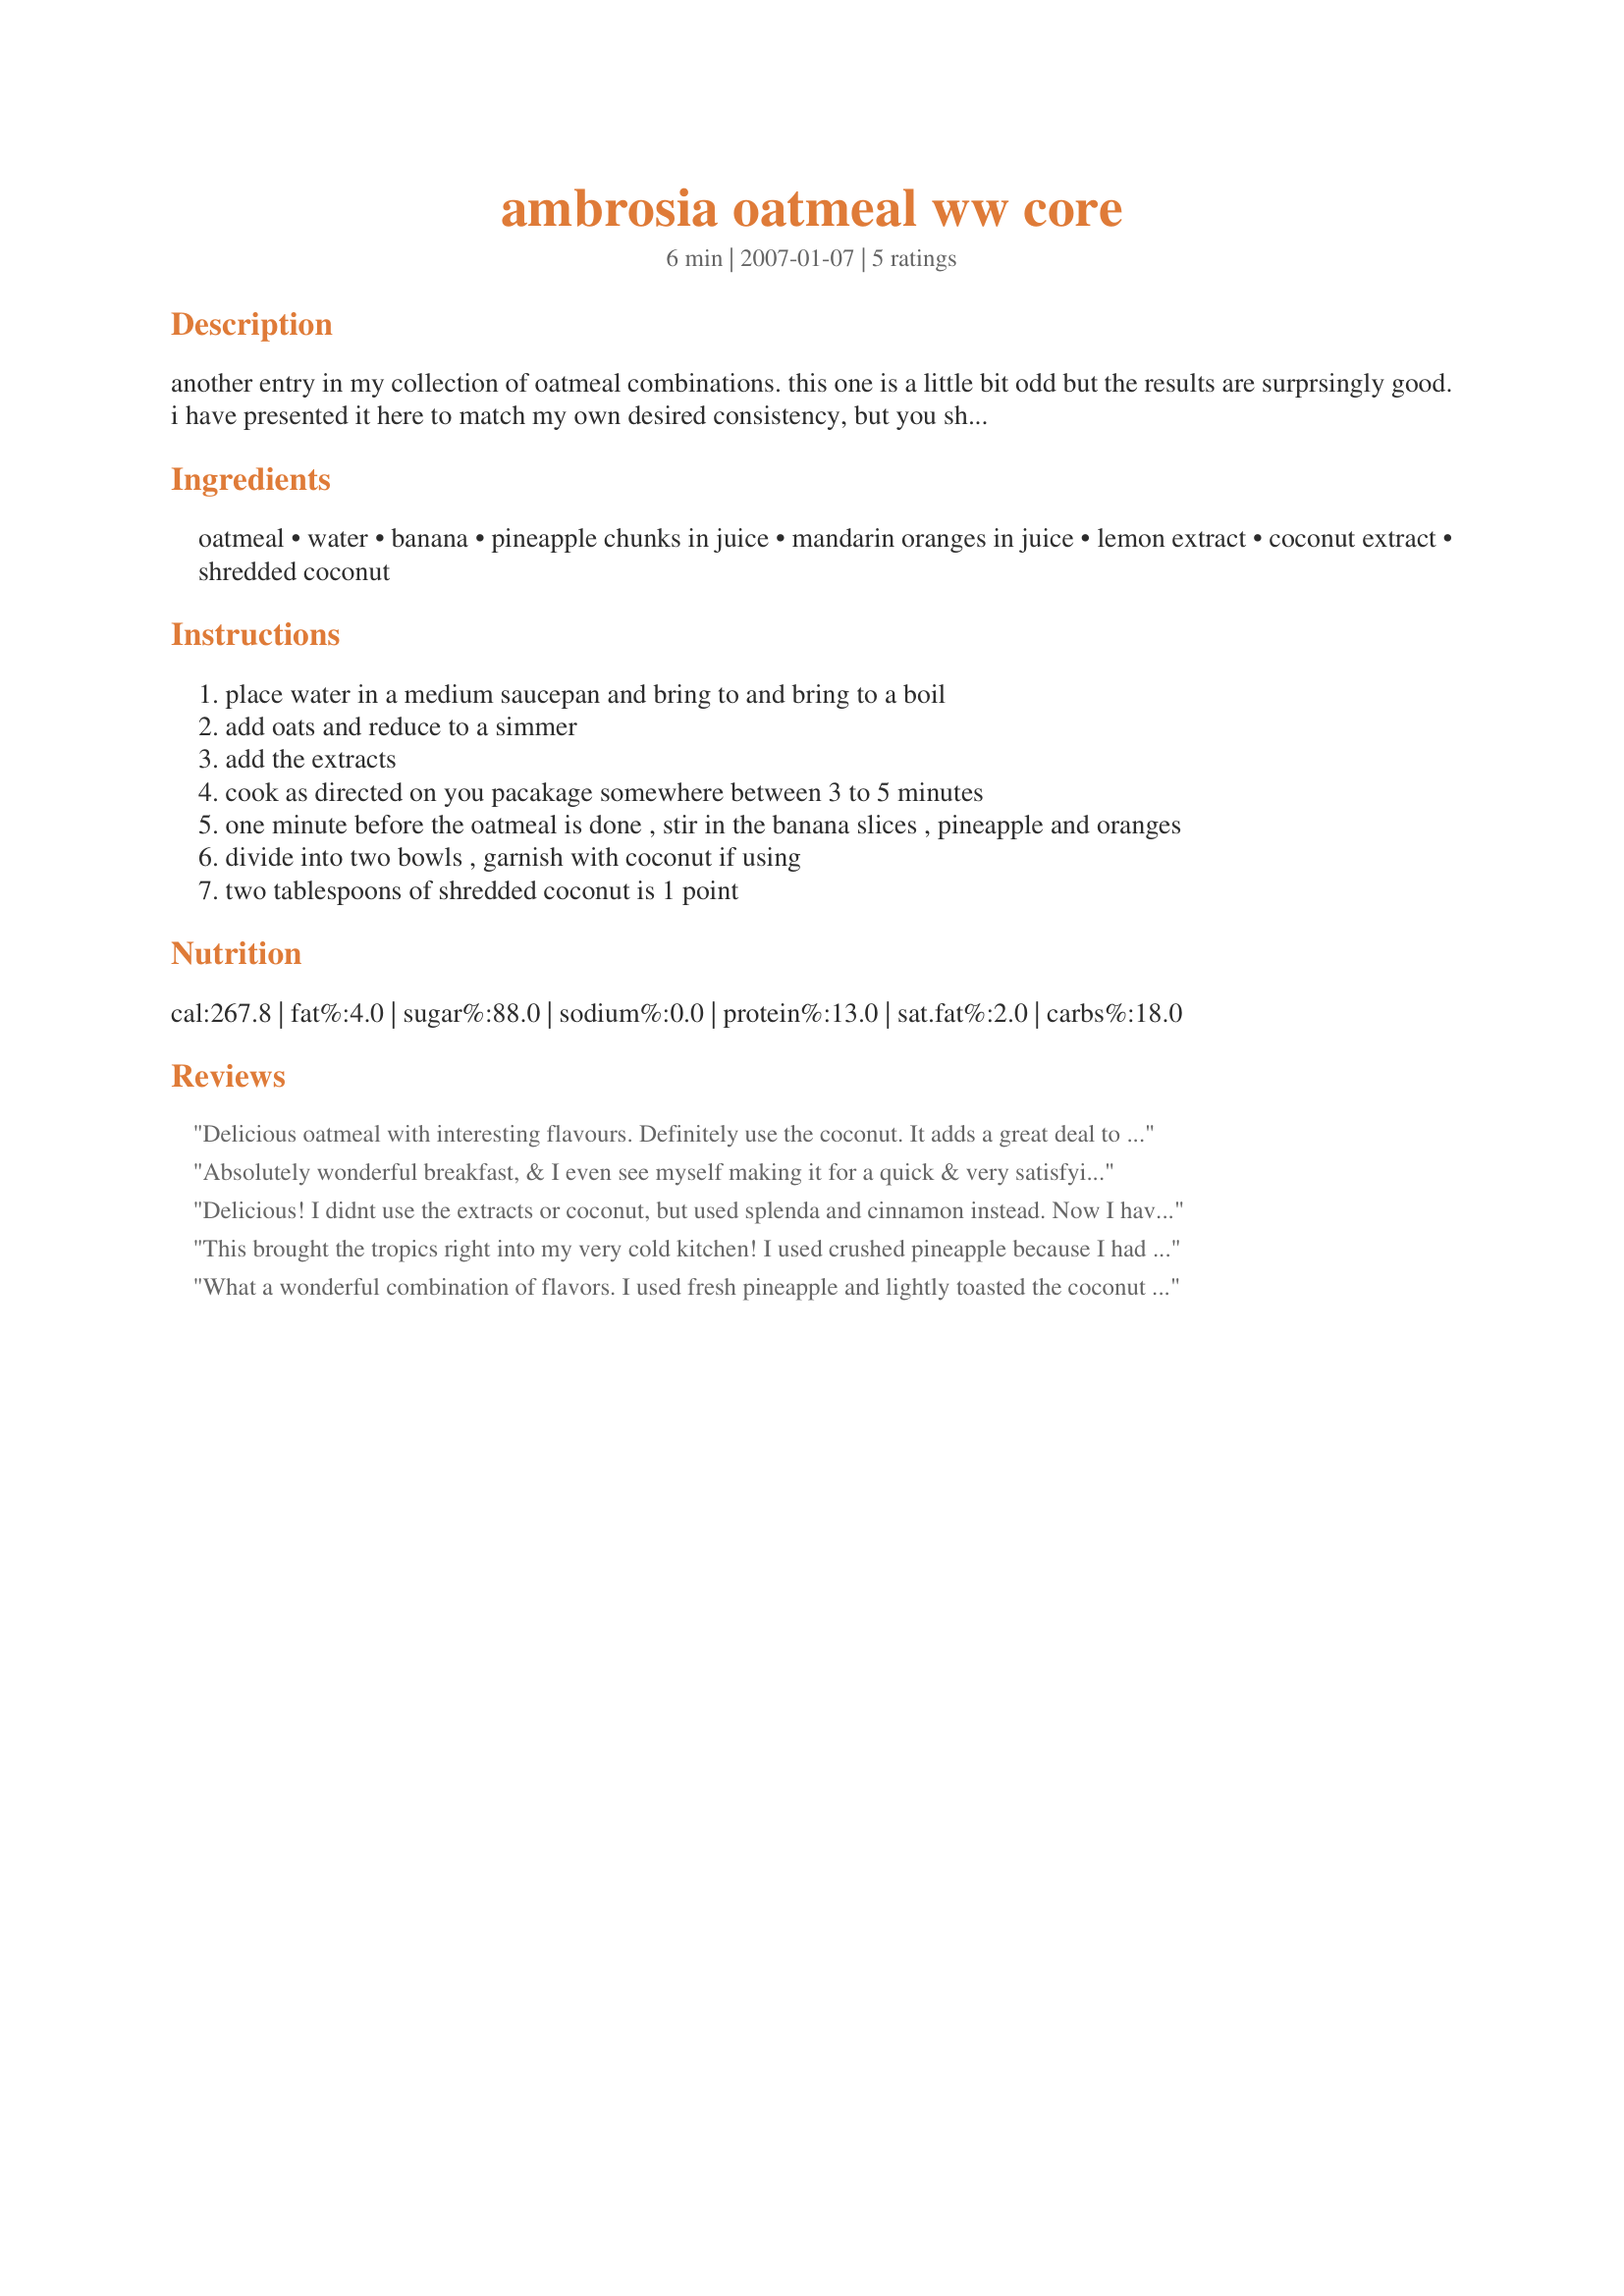
ambrosia oatmeal ww core
Preparation time: 6 minutes

another entry in my collection of oatmeal combinations. this one is a little bit odd but the results are surprsingly good. i have presented it here to match my own desired consistency, but you should adjust to your own tastes.

Ingredients:
oatmeal, water, banana, pineapple chunks in juice, mandarin oranges in juice, lemon extract, coconut extract, shredded coconut

Steps:
place water in a medium saucepan and bring to and bring to a boil
add oats and reduce to a simmer
add the extracts
cook as directed on you pacakage somewhere between 3 to 5 minutes
one minute before the oatmeal is done , stir in the banana slices , pineapple and oranges
divide into two bowls , garnish with coconut if using
two tablespoons of shredded coconut is 1 point

Reviews:
Delicious oatmeal with interesting flavours. Definitely use the coconut. It adds a great deal to the flavour
Absolutely wonderful breakfast, & I even see myself making it for a quick & very satisfying supper some night when I'm not wanting a whole lot of anything! Followed your recipe right on down, including the coconut! You really know how to dress up a bowl of plain ol' oatmeal, & the recipe is a great keeper! Thanks for sharing it! [Made & reviewed in Healthy Choices ABC tag]
Delicious! I didnt use the extracts or coconut, but used splenda and cinnamon instead. Now I have this practically every morning, adjusting the fruit to all three or just one of them if that is all I have.
This brought the tropics right into my very cold kitchen! I used crushed pineapple because I had it on hand, 2 tablespoons of shredded coconut, and topped it off with a little skim milk. I highly recommend the coconut in this because it really adds to the flavor and texture. This is an oatmeal I wouldn't hesitate to serve in winter or summer!
What a wonderful combination of flavors. I used fresh pineapple and lightly toasted the coconut before sprinkling over all. This will definately be a repeat.
